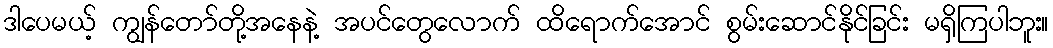
ဒါပေမယ့် ကျွန်တော်တို့အနေနဲ့ အပင်တွေလောက် ထိရောက်အောင် စွမ်းဆောင်နိုင်ခြင်း မရှိကြပါဘူး။